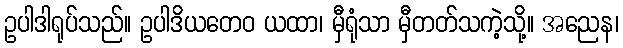
ဥပါဒါရုပ်သည်။ ဥပါဒိယတေဝ ယထာ၊ မှီရုံသာ မှီတတ်သကဲ့သို့။ အညေန၊